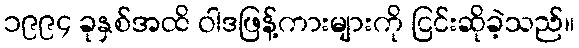
၁၉၉၄ ခုနှစ်အထိ ဝါဒဖြန့်ကားများကို ငြင်းဆိုခဲ့သည်။